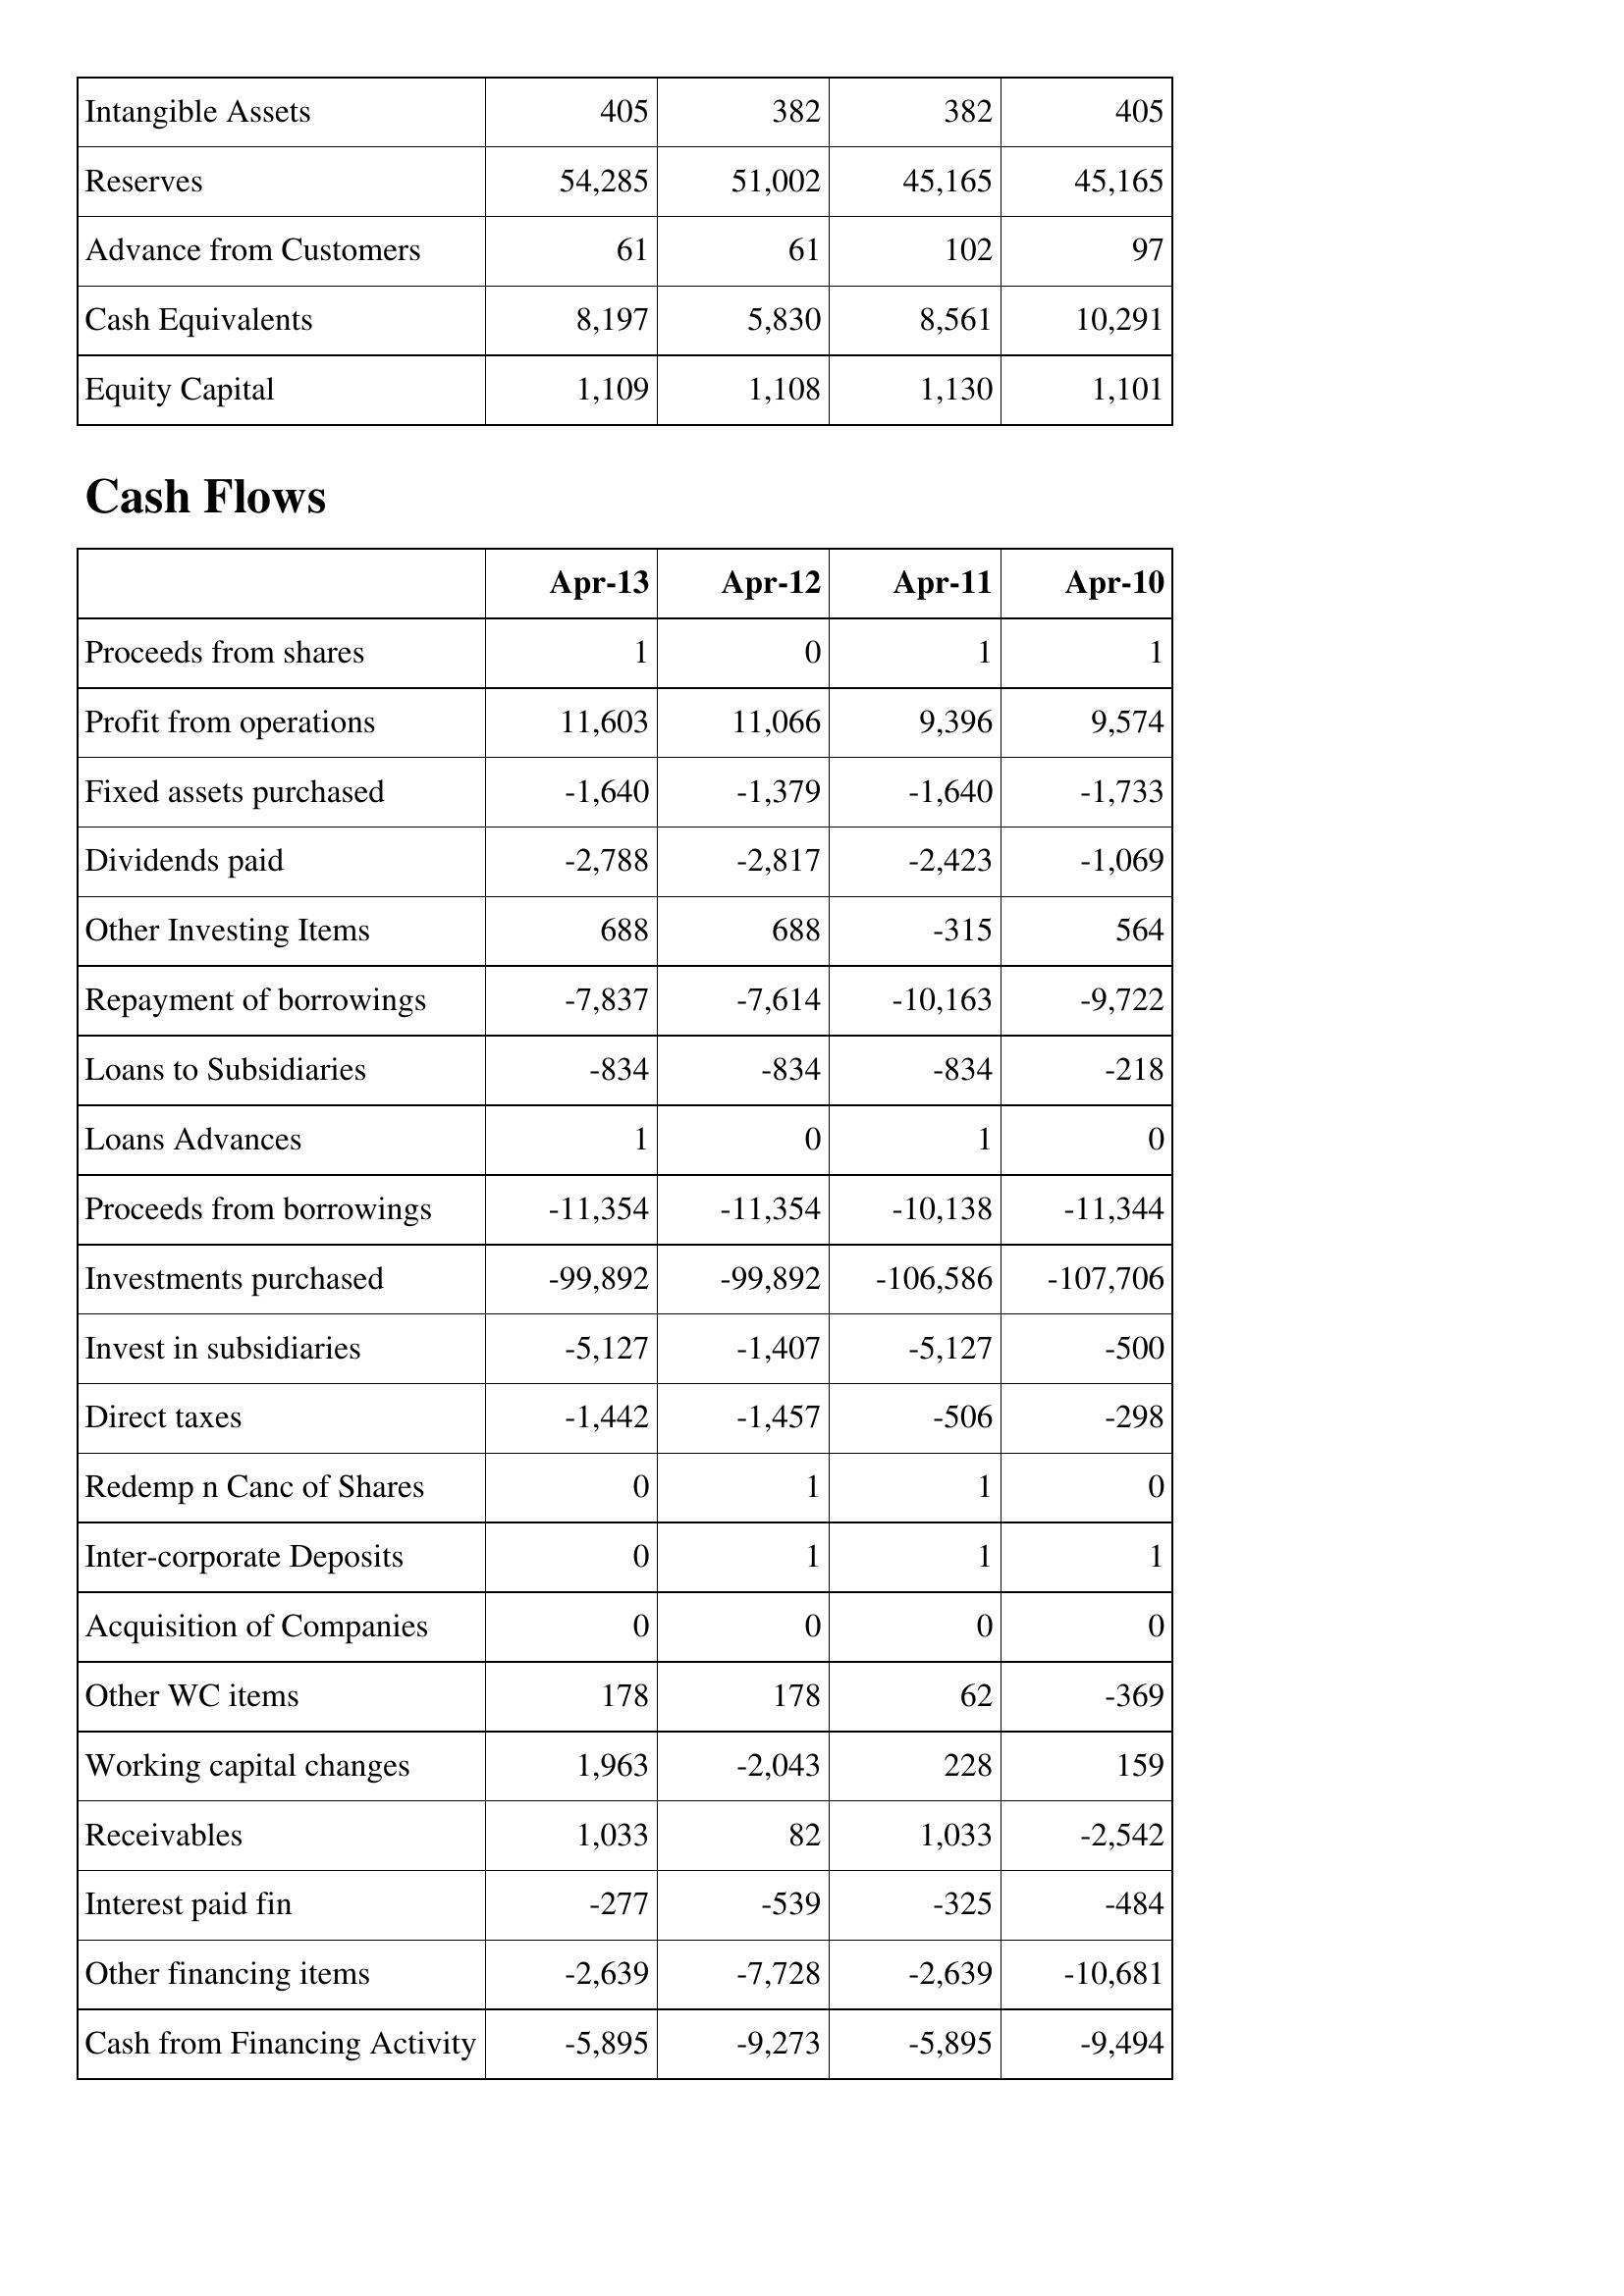
Apr-13: Balance Sheet: Intangible Assets: 405
Reserves: 54,285
Advance from Customers: 61
Cash Equivalents: 8,197
Equity Capital: 1,109
Cash Flows: Proceeds from shares: 1
Profit from operations: 11,603
Fixed assets purchased: -1,640
Dividends paid: -2,788
Other Investing Items: 688
Repayment of borrowings: -7,837
Loans to Subsidiaries: -834
Loans Advances: 1
Proceeds from borrowings: -11,354
Investments purchased: -99,892
Invest in subsidiaries: -5,127
Direct taxes: -1,442
Redemp n Canc of Shares: 0
Inter-corporate Deposits: 0
Acquisition of Companies: 0
Other WC items: 178
Working capital changes: 1,963
Receivables: 1,033
Interest paid fin: -277
Other financing items: -2,639
Cash from Financing Activity: -5,895
Apr-12: Balance Sheet: Intangible Assets: 382
Reserves: 51,002
Advance from Customers: 61
Cash Equivalents: 5,830
Equity Capital: 1,108
Cash Flows: Proceeds from shares: 0
Profit from operations: 11,066
Fixed assets purchased: -1,379
Dividends paid: -2,817
Other Investing Items: 688
Repayment of borrowings: -7,614
Loans to Subsidiaries: -834
Loans Advances: 0
Proceeds from borrowings: -11,354
Investments purchased: -99,892
Invest in subsidiaries: -1,407
Direct taxes: -1,457
Redemp n Canc of Shares: 1
Inter-corporate Deposits: 1
Acquisition of Companies: 0
Other WC items: 178
Working capital changes: -2,043
Receivables: 82
Interest paid fin: -539
Other financing items: -7,728
Cash from Financing Activity: -9,273
Apr-11: Balance Sheet: Intangible Assets: 382
Reserves: 45,165
Advance from Customers: 102
Cash Equivalents: 8,561
Equity Capital: 1,130
Cash Flows: Proceeds from shares: 1
Profit from operations: 9,396
Fixed assets purchased: -1,640
Dividends paid: -2,423
Other Investing Items: -315
Repayment of borrowings: -10,163
Loans to Subsidiaries: -834
Loans Advances: 1
Proceeds from borrowings: -10,138
Investments purchased: -106,586
Invest in subsidiaries: -5,127
Direct taxes: -506
Redemp n Canc of Shares: 1
Inter-corporate Deposits: 1
Acquisition of Companies: 0
Other WC items: 62
Working capital changes: 228
Receivables: 1,033
Interest paid fin: -325
Other financing items: -2,639
Cash from Financing Activity: -5,895
Apr-10: Balance Sheet: Intangible Assets: 405
Reserves: 45,165
Advance from Customers: 97
Cash Equivalents: 10,291
Equity Capital: 1,101
Cash Flows: Proceeds from shares: 1
Profit from operations: 9,574
Fixed assets purchased: -1,733
Dividends paid: -1,069
Other Investing Items: 564
Repayment of borrowings: -9,722
Loans to Subsidiaries: -218
Loans Advances: 0
Proceeds from borrowings: -11,344
Investments purchased: -107,706
Invest in subsidiaries: -500
Direct taxes: -298
Redemp n Canc of Shares: 0
Inter-corporate Deposits: 1
Acquisition of Companies: 0
Other WC items: -369
Working capital changes: 159
Receivables: -2,542
Interest paid fin: -484
Other financing items: -10,681
Cash from Financing Activity: -9,494